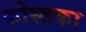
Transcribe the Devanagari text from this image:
कोस्तका